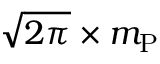
{ \sqrt { 2 \pi } } \times m _ { \mathrm { P } }